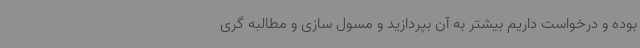
بوده و درخواست داریم بیشتر به آن بپردازید و مسول سازی و مطالبه گری